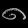
Digit: ၈